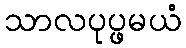
သာလပုပ္ဖမယံ